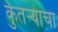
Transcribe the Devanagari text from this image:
कुतऱ्याचा